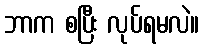
ဘာက စပြီး လုပ်ရမလဲ။